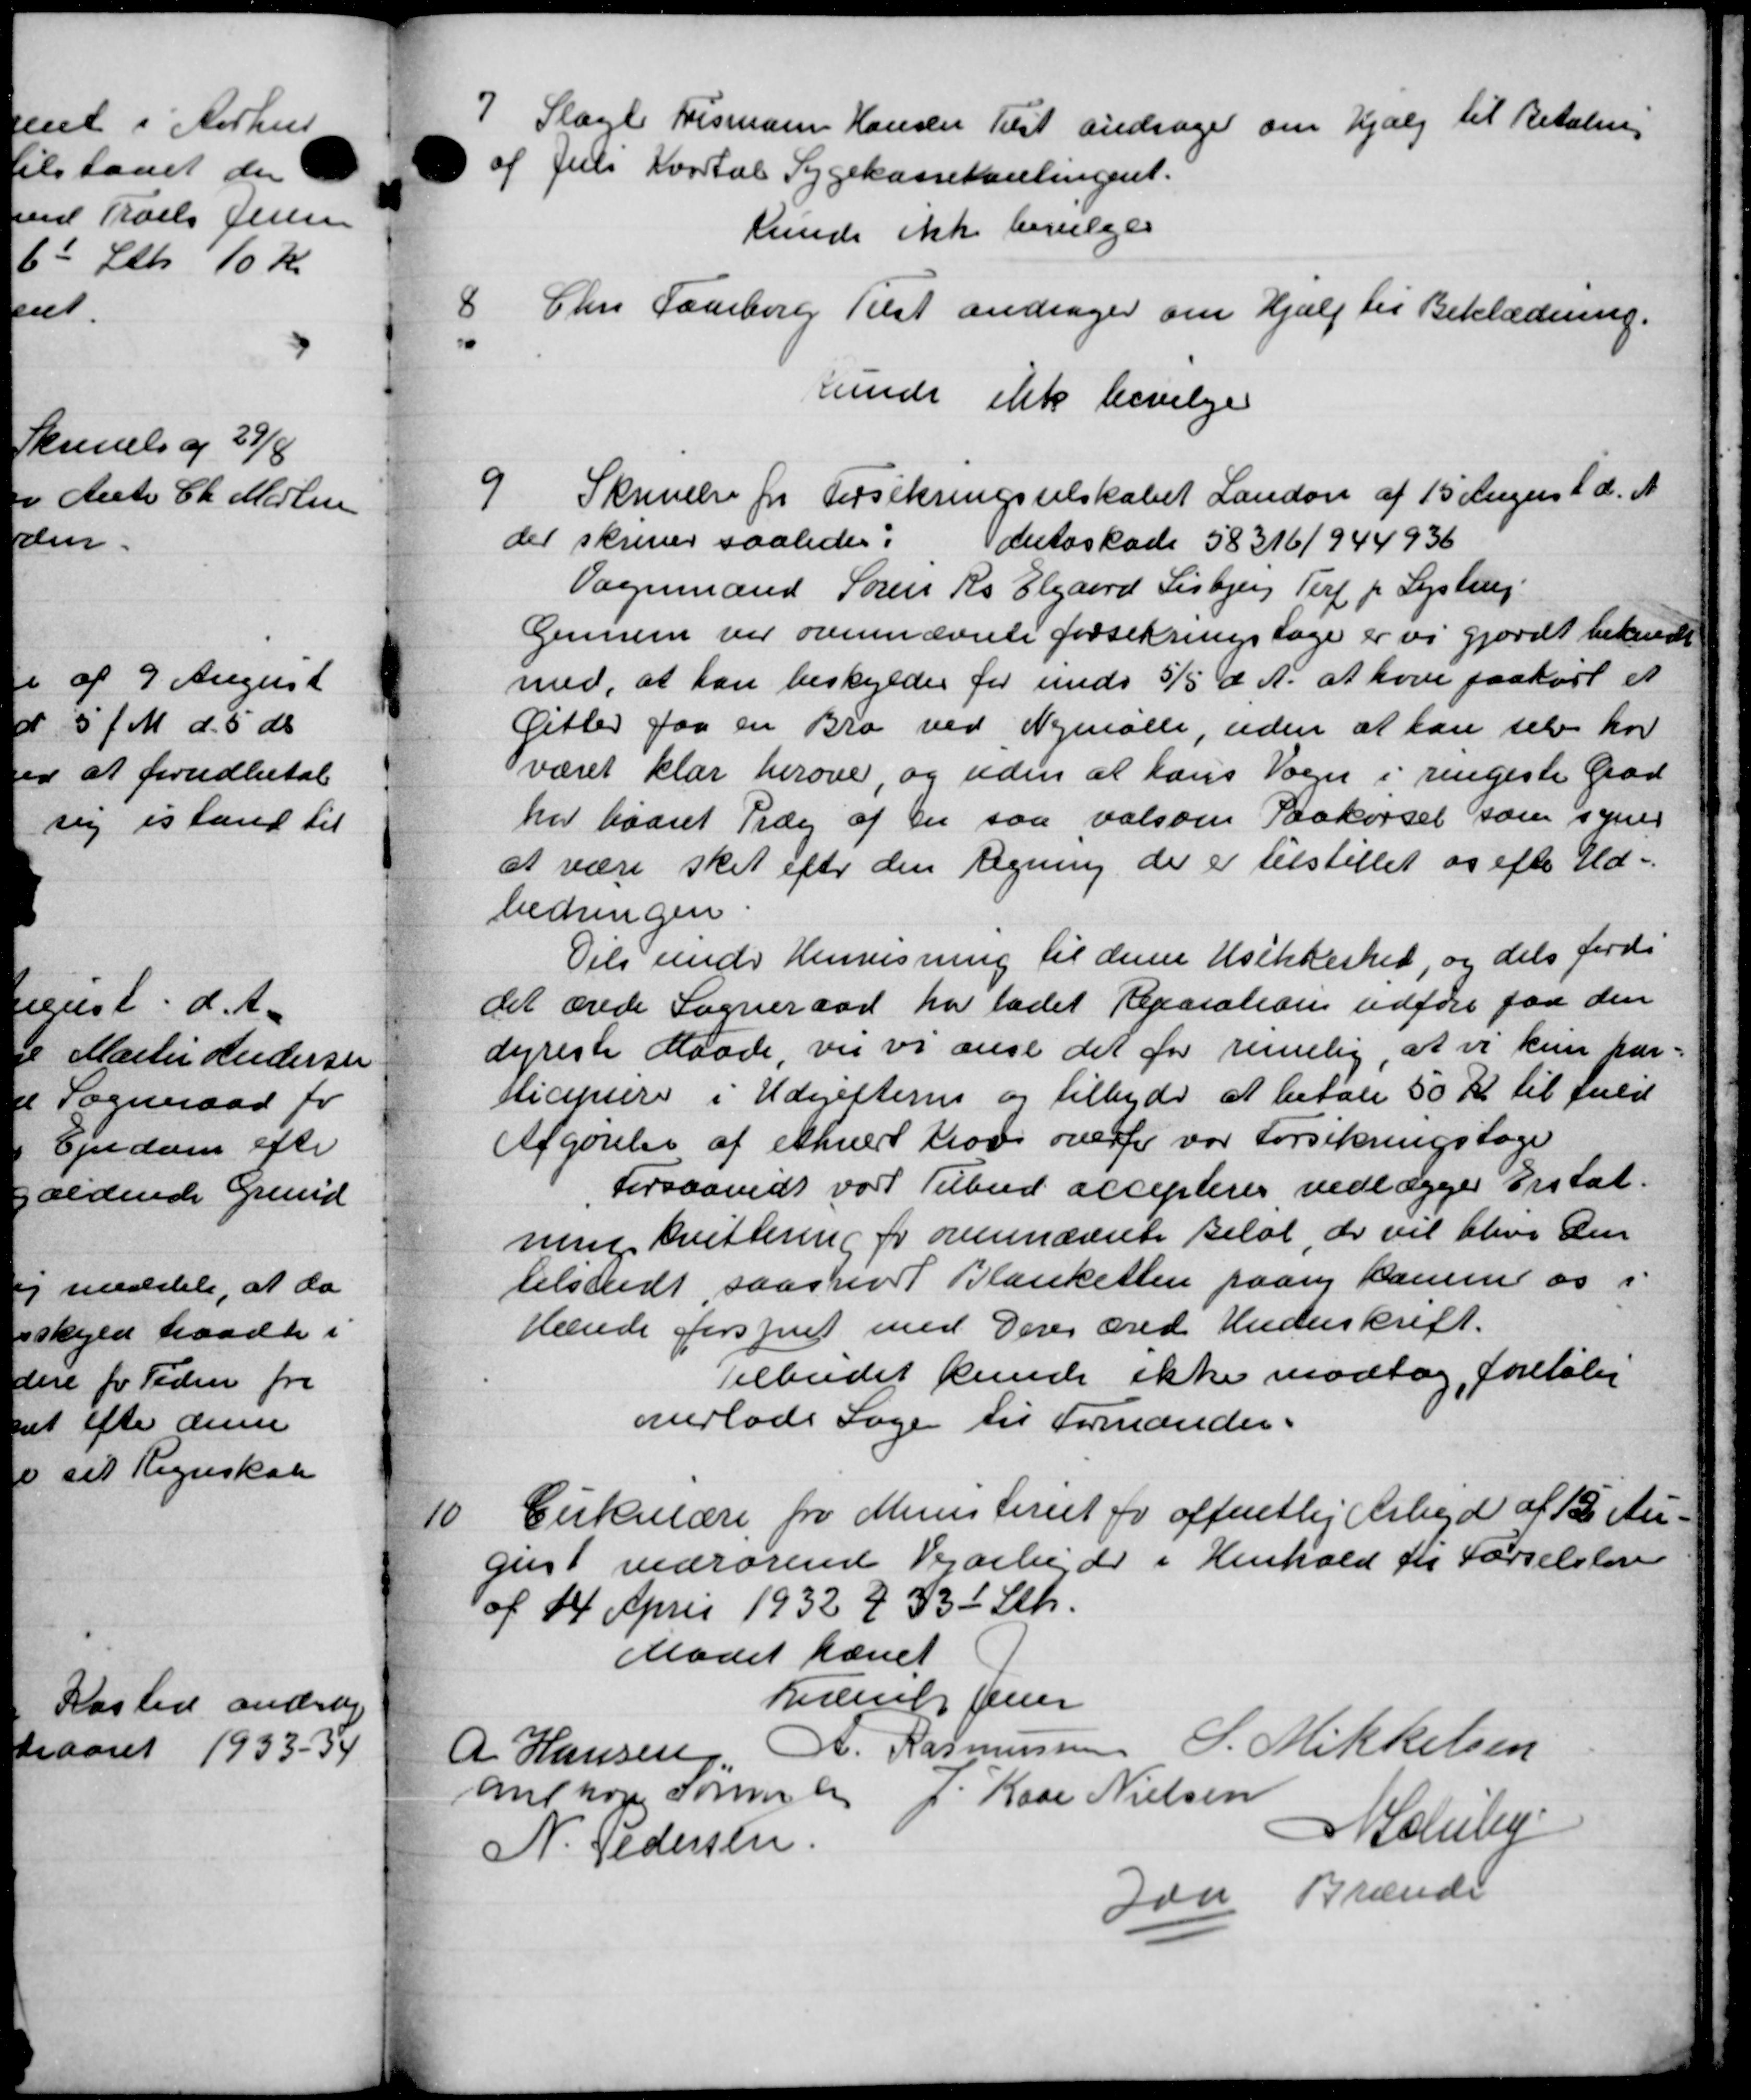
Transskription:
7
Slagte Husmann Hansen Tilst andrager om hjælp til Betaling
af Juli Kvartal Sygekassehanlingent.
kunde ikke bevilges
8
Chr. Faaborg Tilst andrager om Hjælp til Beklædning.
kunde ikke bevilge
9
Skrivelse fra Torsikringsselskabet Landon af 15 August d. A.
der skriver saaledes: detoskade 58316/944936
Vognmand Søren Rs Elgaard Lisbjerg Terp p Lystrup
Gennem ved ovennævnte forsikringstage er vi gjordt bekende
med, at han beskyldes for unde 5/5 d. A. at hver paakørt et
Gitter faa en Bro ved Nymalle, uden at han selv har
været klar herover, og uden at hans Vogn i rengeste Grad
har baaret Træg af en saa valsom Paakørsel som synes
at være sket efter den tegning der er tilstillet os efter Ud-
bedringen.
Dels under Henvisning til denne Usikkeshed, og dets fordi
det ærede Sogneraad har ladet Reparation udføre faa den
dyreste Maade, vil vi anse det for remielig, at vi kun par-
sticipiere i Udgifterne og tilbyde at betale 50 Kr. til fuld
Afgørelse af ethver trods overfor var forsikringstage
Forsaavidt vort Tilbud accepteres vedlægger Erstat.
nin Kvittering for ovennævnte Beløb, der vil blive den
tilstedt saaskort Blanketten paany sammer os i
Hænde forsynet med Deres med Underskrift.
Tilbudet kunde ikke modtog foreløbe
overlade Sage til Formanden.
10
Cirkulære fra Ministeriet for offentlig Arbejde af 15 Au-
gust vedrørende Vejarbejde i Henhold for Førselslove
af 14 April 1932 § 33 Stk.
Mødet hævet
Juurs Jensen
A Hansen A. Rasmussen S. Mikkelsen
antoges sommen P. Kase Nielsen
N. Pedersen
A Schiby
Fda Brænde